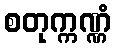
စတုက္ကဏ္ဏံ